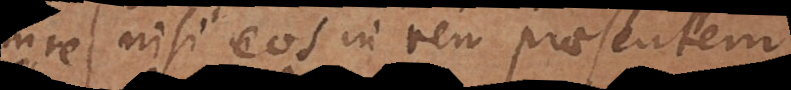
nisi eos in rem praesentem